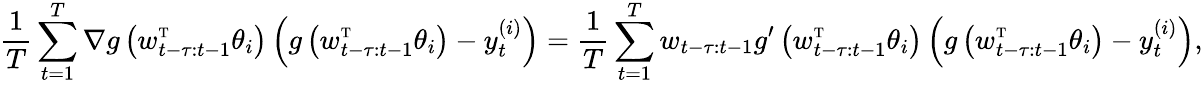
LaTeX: \frac{1}{T}\sum_{t=1}^{T}\nabla g\left(w_{t-\tau:t-1}^{\mathrm{\scriptscriptstyle T}}\theta_{i}\right)\left(g\left(w_{t-\tau:t-1}^{\mathrm{\scriptscriptstyle T}}\theta_{i}\right)-y_{t}^{(i)}\right)=\frac{1}{T}\sum_{t=1}^{T}w_{t-\tau:t-1}g^{\prime}\left(w_{t-\tau:t-1}^{\mathrm{\scriptscriptstyle T}}\theta_{i}\right)\left(g\left(w_{t-\tau:t-1}^{\mathrm{\scriptscriptstyle T}}\theta_{i}\right)-y_{t}^{(i)}\right),